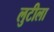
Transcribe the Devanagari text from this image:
लुटीला